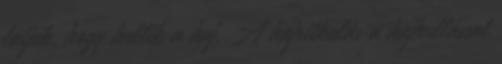
látjuk, hogy hullik a haj. A hajritkulás a hajhullással